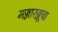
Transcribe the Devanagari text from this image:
मज्जारज्जूचा